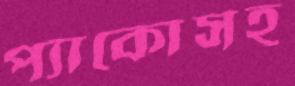
প্যাকোসহ